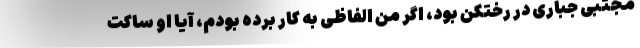
مجتبی جباری در رختکن بود، اگر من الفاظی به کار برده بودم، آیا او ساکت